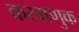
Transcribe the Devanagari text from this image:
करमणुक